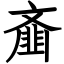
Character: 齑